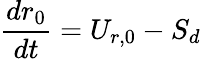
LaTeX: \frac{dr_{0}}{dt}=U_{r,0}-S_{d}